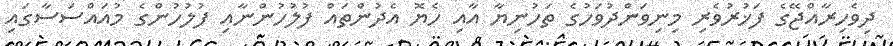
ދިވެހިރާއްޖޭގެ ފަޚުރުވެރި މިނިވަންދުވަހުގެ ތަހުނިޔާ އާއި ހެޔޮ އެދުންތައް ފުލުހުންނާއި ފުލުހުންގެ މުއައްސަސާގައި